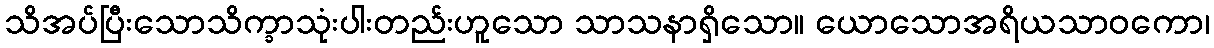
သိအပ်ပြီးသောသိက္ခာသုံးပါးတည်းဟူသော သာသနာရှိသော။ ယောသောအရိယသာဝကော၊